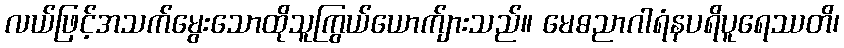
လယ်ဖြင့်အသက်မွေးသောထိုသူကြွယ်ယောက်ျားသည်။ မေဓညာဂါရံနပရိပူရေဿတိ၊